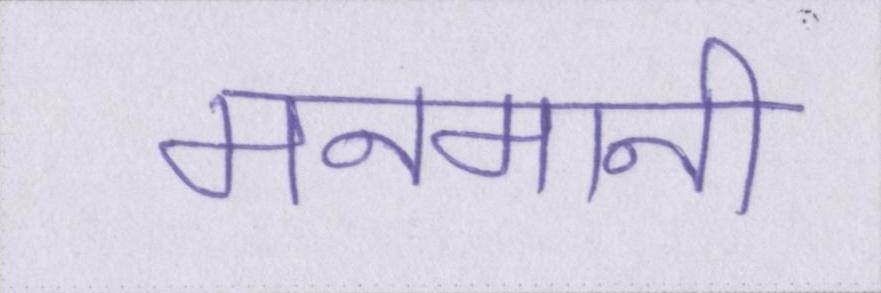
मनमानी